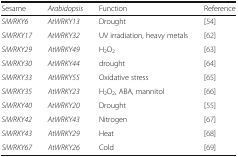
<table><thead><tr><td><b>Sesame</b></td><td><b><i>Arabidopsis</i></b></td><td><b>Function</b></td><td><b>Reference</b></td></tr></thead><tbody><tr><td><i>SiWRKY6</i></td><td><i>AtWRKY13</i></td><td>Drought</td><td>[54]</td></tr><tr><td><i>SiWRKY17</i></td><td><i>AtWRKY32</i></td><td>UV irradiation, heavy metals</td><td>[62]</td></tr><tr><td><i>SiWRKY29</i></td><td><i>AtWRKY49</i></td><td>H<sub>2</sub>O<sub>2</sub></td><td>[63]</td></tr><tr><td><i>SiWRKY30</i></td><td><i>AtWRKY44</i></td><td>drought</td><td>[64]</td></tr><tr><td><i>SiWRKY33</i></td><td><i>AtWRKY55</i></td><td>Oxidative stress</td><td>[65]</td></tr><tr><td><i>SiWRKY35</i></td><td><i>AtWRKY23</i></td><td>H<sub>2</sub>O<sub>2</sub>, ABA, mannitol</td><td>[66]</td></tr><tr><td><i>SiWRKY40</i></td><td><i>AtWRKY20</i></td><td>Drought</td><td>[55]</td></tr><tr><td><i>SiWRKY42</i></td><td><i>AtWRKY43</i></td><td>Nitrogen</td><td>[67]</td></tr><tr><td><i>SiWRKY43</i></td><td><i>AtWRKY29</i></td><td>Heat</td><td>[68]</td></tr><tr><td><i>SiWRKY67</i></td><td><i>AtWRKY26</i></td><td>Cold</td><td>[69]</td></tr></tbody></table>